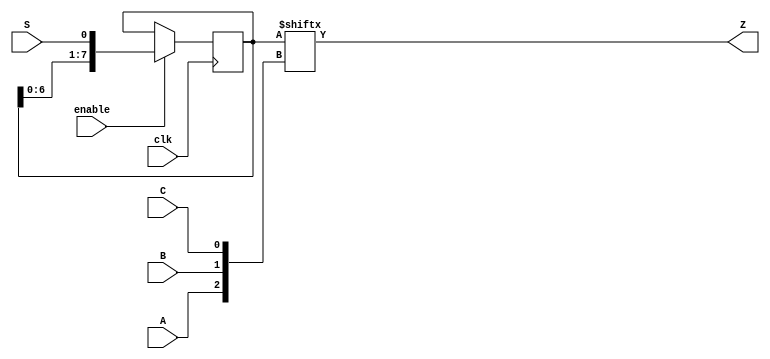
module top_module (
    input clk,
    input enable,
    input S,
    input A, B, C,
    output Z );
    
    reg [7:0] shift_reg;
    
    always @(posedge clk) begin
        shift_reg <= (enable)?{shift_reg[6:0],S}: shift_reg;
    end
    
    assign Z = shift_reg[{A,B,C}];

endmodule